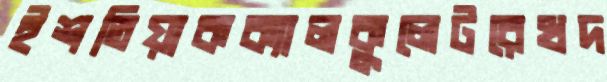
ইশতিয়াকক্যালকুলেটরেখদ